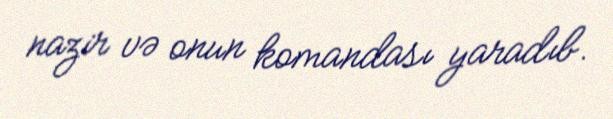
nazir və onun komandası yaradıb.